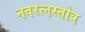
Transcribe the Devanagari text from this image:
नवरत्नस्तोत्र